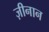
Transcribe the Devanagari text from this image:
ज़ीनान